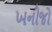
ખનીજો